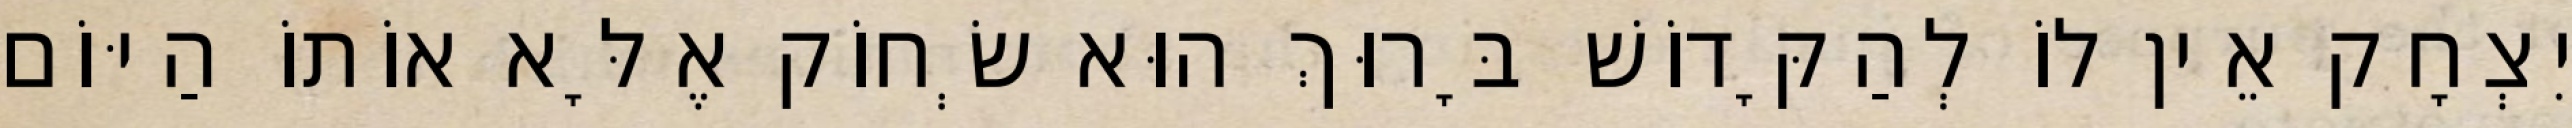
יִצְחָק אֵין לוֹ לְהַקָּדוֹשׁ בָּרוּךְ הוּא שְׂחוֹק אֶלָּא אוֹתוֹ הַיּוֹם